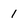
Character: 1